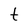
Character: t